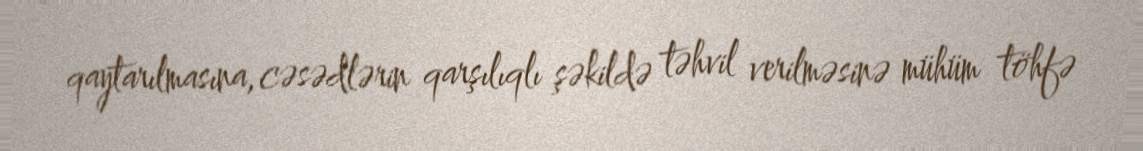
qaytarılmasına, cəsədlərin qarşılıqlı şəkildə təhvil verilməsinə mühüm töhfə